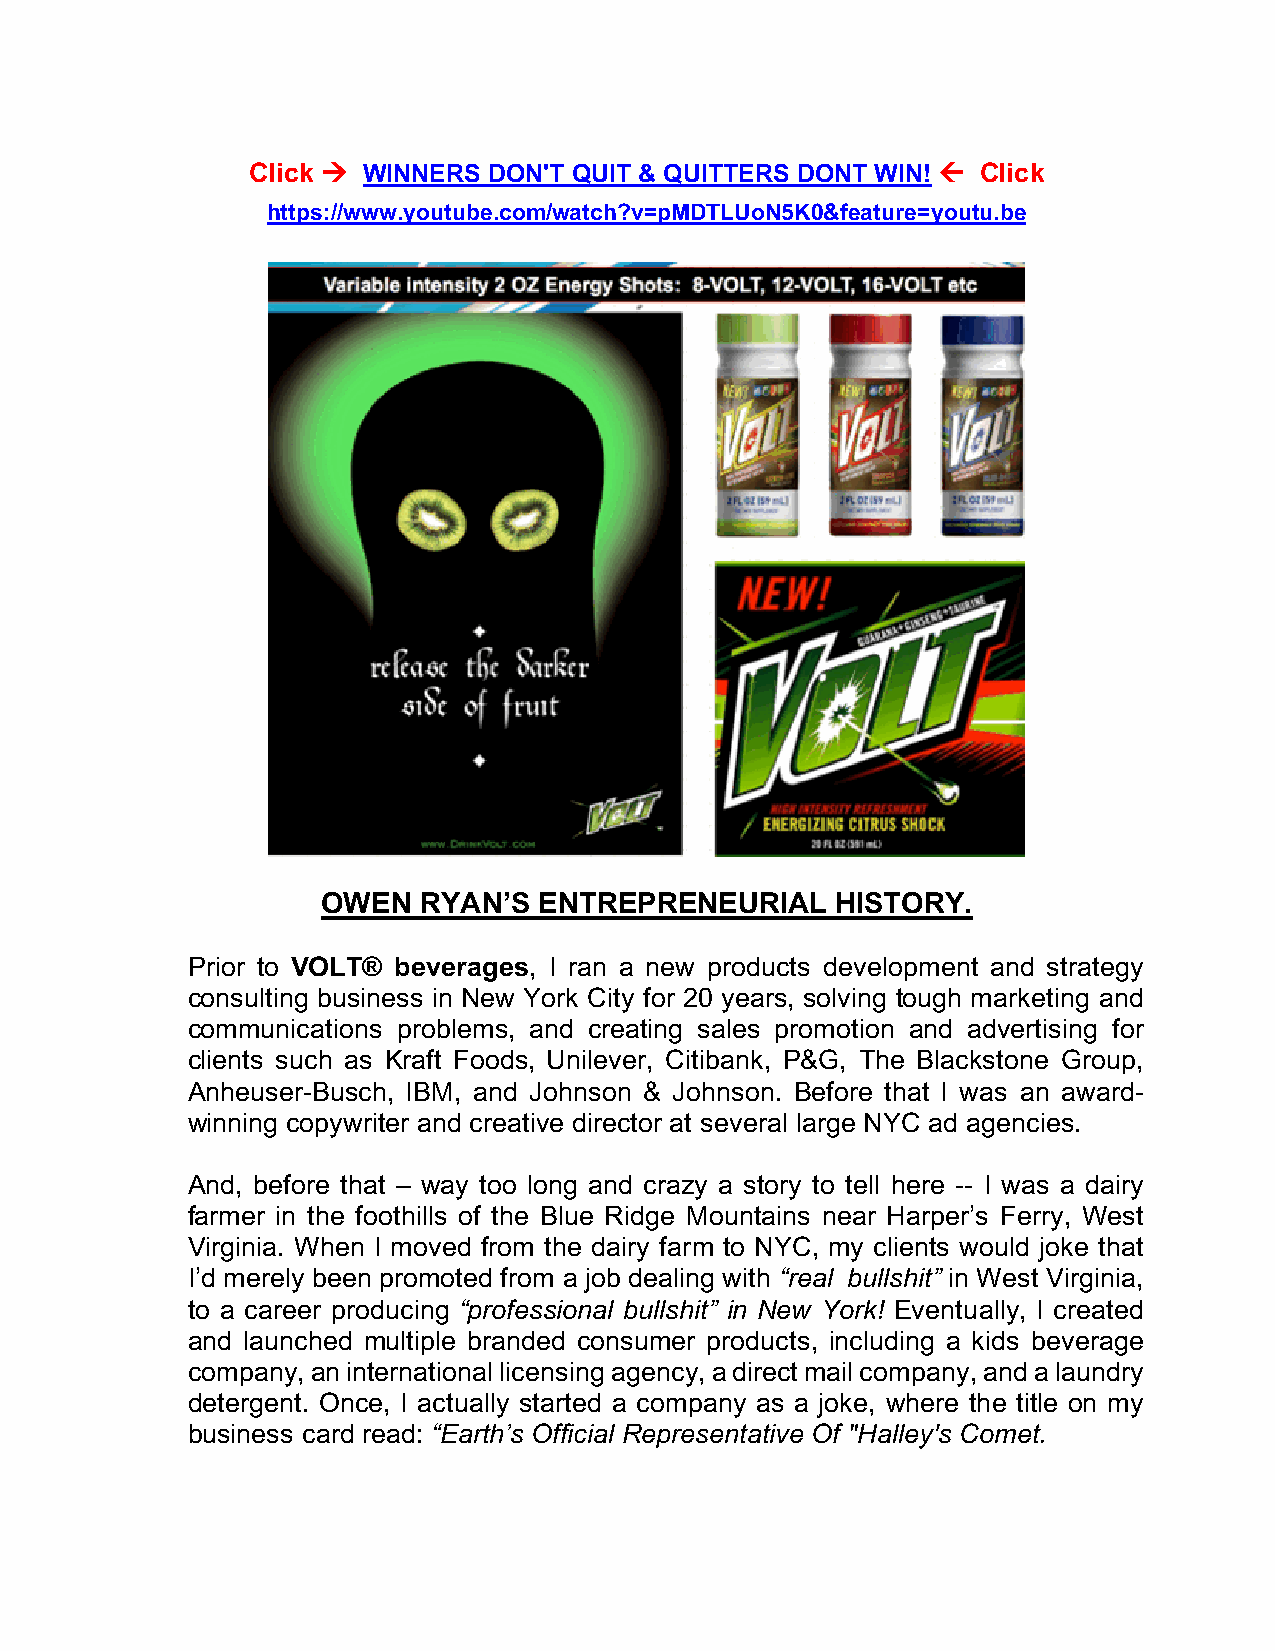
Click à WINNERS DON'T QUIT & QUITTERS DONT WIN! ß Click
 https://www.youtube.com/watch?v=pMDTLUoN5K0&feature=youtu.be
 OWEN   RYAN’S  ENTREPRENEURIAL    HISTORY.
 Prior to VOLT® beverages, I ran a new products development and strategy
 consulting business in New York City for 20 years, solving tough marketing and
 communications problems, and creating sales promotion and advertising for
 clients such as Kraft Foods, Unilever, Citibank, P&G, The Blackstone Group,
 Anheuser-Busch, IBM, and Johnson & Johnson. Before that I was an award-
 winning copywriter and creative director at several large NYC ad agencies.
 And, before that – way too long and crazy a story to tell here -- I was a dairy
 farmer in the foothills of the Blue Ridge Mountains near Harper’s Ferry, West
 Virginia. When I moved from the dairy farm to NYC, my clients would joke that
 I’d merely been promoted from a job dealing with “real bullshit” in West Virginia,
 to a career producing “professional bullshit” in New York! Eventually, I created
 and launched multiple branded consumer products, including a kids beverage
 company, an international licensing agency, a direct mail company, and a laundry
 detergent. Once, I actually started a company as a joke, where the title on my
 business card read: “Earth’s Official Representative Of "Halley's Comet.